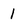
Character: l